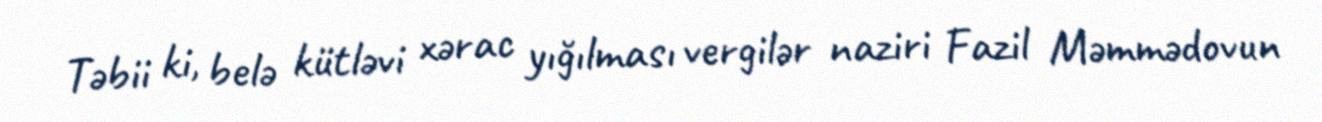
Təbii ki, belə kütləvi xərac yığılması vergilər naziri Fazil Məmmədovun